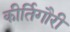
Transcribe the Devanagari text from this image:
कीर्तिगौरी